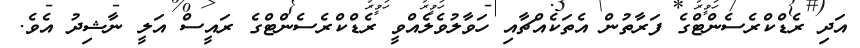
އަދި ރެޑްކްރެސެންޓްގެ ފަރާތުން އެތަކެއްޗާއި ހަވާލުވެލެއްވީ ރެޑްކްރެސެންޓްގެ ރައީސް އަލީ ނާޝިދު އެވެ.